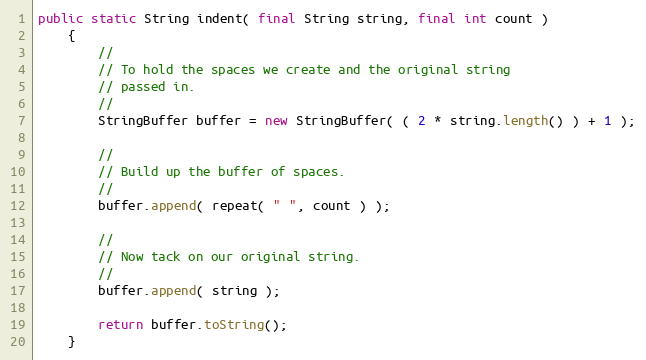
Language: Java
public static String indent( final String string, final int count )
    {
        //
        // To hold the spaces we create and the original string
        // passed in.
        //
        StringBuffer buffer = new StringBuffer( ( 2 * string.length() ) + 1 );

        //
        // Build up the buffer of spaces.
        //
        buffer.append( repeat( " ", count ) );

        //
        // Now tack on our original string.
        //
        buffer.append( string );

        return buffer.toString();
    }